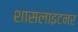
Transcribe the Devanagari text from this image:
शासलाइटनर